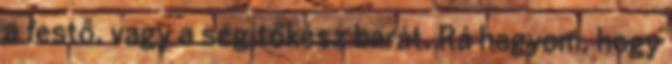
a festő, vagy a segítőkész barát. Rá hagyom, hogy